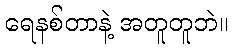
ရေနစ်တာနဲ့ အတူတူဘဲ။